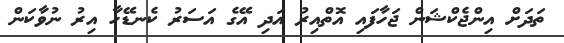
ތަދަށް އިންޖެކްޝަން ޖަހާފައި އޮތްއިރު އަދި އޭގެ އަސަރު ކެނޑޭހާ އިރު ނުވާކަން